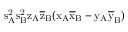
\mathrm { s _ { A } ^ { 2 } \mathrm { s _ { B } ^ { 2 } \mathrm { z _ { A } \mathrm { \overline { { z } } _ { B } ( \mathrm { x _ { A } \mathrm { \overline { { x } } _ { B } - \mathrm { y _ { A } \mathrm { \overline { { y } } _ { B } ) } } } } } } } }